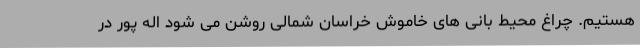
هستیم. چراغ محیط بانی های خاموش خراسان شمالی روشن می شود اله پور در